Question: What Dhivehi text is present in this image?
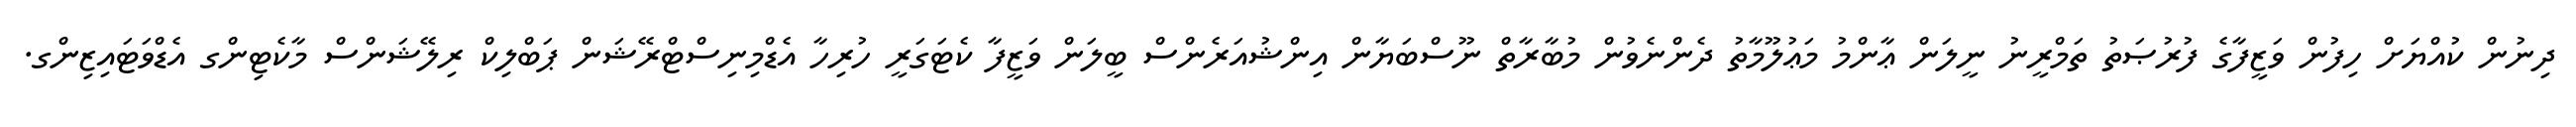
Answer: ދިނުން ކުއްޔަށް ހިފުން ވަޒީފާގެ ފުރުޞަތު ތަމްރީނު ނީލަން ޢާންމު މަޢުލޫމާތު ދެންނެވުން މުބާރާތް ނޫސްބަޔާން އިންޝުއަރެންސް ބީލަން ވަޒީފާ ކެޓަގަރީ ހުރިހާ އެޑްމިނިސްޓްރޭޝަން ޕަބްލިކް ރިލޭޝަންސް މާކެޓިންގ އެޑްވަޓައިޒިންގ.